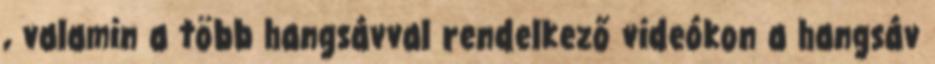
, valamin a több hangsávval rendelkező videókon a hangsáv